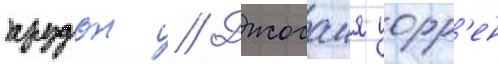
прудон // Джосаия уорр'ен